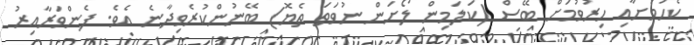
ކެހުމަށާއި ހިރުވުމަށް ބޭސް (ކަލަމިން ލޯށަން ނުވަތަ ތެޔޮ) ބޭނުންކުރެވިދާނެ އެވެ. ފެންވަރާއިރު